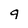
Character: 9